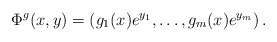
\begin{align*}\Phi^g(x,y)=(g_1(x)e^{y_1},\dots,g_m(x)e^{y_m})\,.\end{align*}